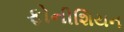
ફોનીશિયન